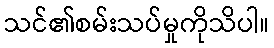
သင်၏စမ်းသပ်မှုကိုသိပါ။